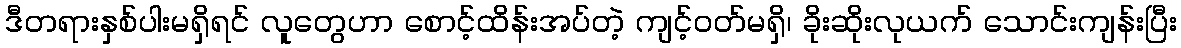
ဒီတရားနှစ်ပါးမရှိရင် လူတွေဟာ စောင့်ထိန်းအပ်တဲ့ ကျင့်ဝတ်မရှိ၊ ခိုးဆိုးလုယက် သောင်းကျန်းပြီး